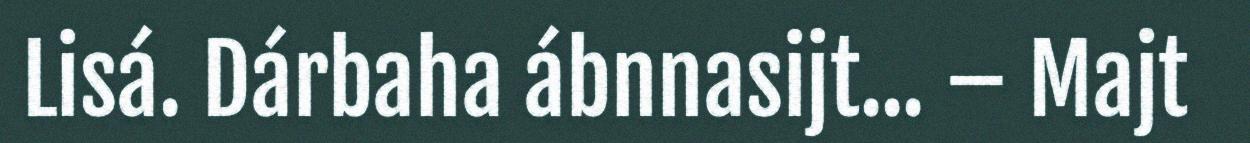
Lisá. Dárbaha ábnnasijt... – Majt